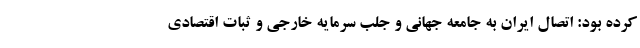
کرده بود: اتصال ایران به جامعه جهانی و جلب سرمایه خارجی و ثبات اقتصادی